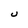
Character: U